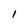
Character: 1